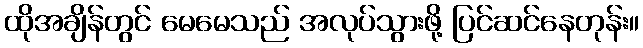
ထိုအချိန်တွင် မေမေသည် အလုပ်သွားဖို့ ပြင်ဆင်နေတုန်း။